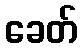
ခေတ်